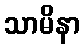
သာမိနာ